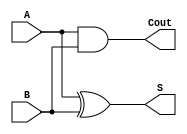
module halfAdder(
    input A,
    input B,
    output Cout,
    output S
);

    and(Cout, A, B);
    xor(S, A, B);

endmodule